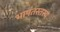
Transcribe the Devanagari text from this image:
भाषतस्तस्य